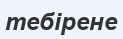
тебірене